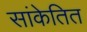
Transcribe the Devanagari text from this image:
सांकेतित